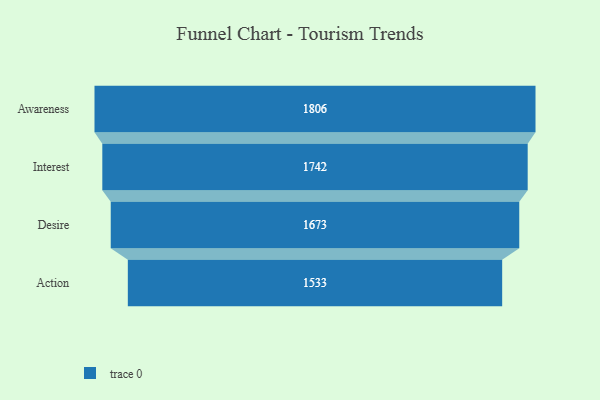
{"axis": {"x": "Stage", "y": "Value"}, "legend": [""], "data": [{"x": "Awareness", "y": 1806.0, "type": ""}, {"x": "Interest", "y": 1742.0, "type": ""}, {"x": "Desire", "y": 1673.0, "type": ""}, {"x": "Action", "y": 1533.0, "type": ""}]}